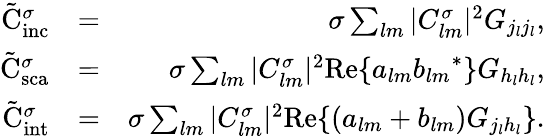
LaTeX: \begin{array}{rlr}{\tilde{\mathrm{{C}}}_{\mathrm{inc}}^{\sigma}}&{=}&{\sigma\sum_{lm}|C_{lm}^{\sigma}|^{2}G_{j_{l}j_{l}},}\\ {\tilde{\mathrm{{C}}}_{\mathrm{sca}}^{\sigma}}&{=}&{\sigma\sum_{lm}|C_{lm}^{\sigma}|^{2}\mathrm{Re}\{ a_{lm}{b_{lm}}^{*}\} G_{h_{l}h_{l}},}\\ {\tilde{\mathrm{{C}}}_{\mathrm{int}}^{\sigma}}&{=}&{\sigma\sum_{lm}|C_{lm}^{\sigma}|^{2}\mathrm{Re}\{ \left(a_{lm}+b_{lm}\right)G_{j_{l}h_{l}}\} .}\end{array}